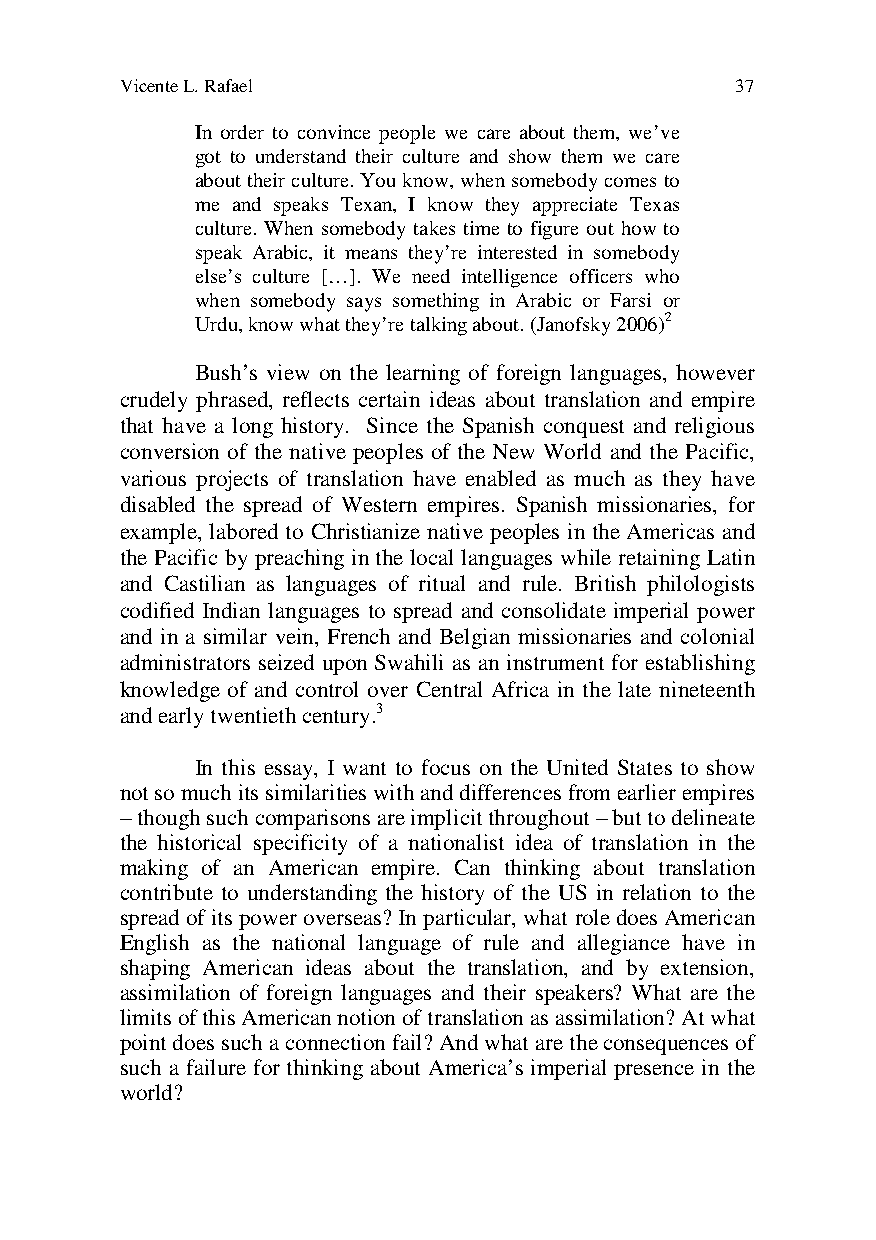
Vicente L. Rafael                        37
 In order to convince people we care about them, we’ve
 got to understand their culture and show them we care
 about their culture. You know, when somebody comes to
 me and speaks Texan, I know they appreciate Texas
 culture. When somebody takes time to figure out how to
 speak Arabic, it means they’re interested in somebody
 else’s culture […]. We need intelligence officers who
 when somebody says something in Arabic or Farsi or
 Urdu, know what they’re talking about. (Janofsky 2006)2
 Bush’s view on the learning of foreign languages, however
 crudely phrased, reflects certain ideas about translation and empire
 that have a long history. Since the Spanish conquest and religious
 conversion of the native peoples of the New World and the Pacific,
 various projects of translation have enabled as much as they have
 disabled the spread of Western empires. Spanish missionaries, for
 example, labored to Christianize native peoples in the Americas and
 the Pacific by preaching in the local languages while retaining Latin
 and Castilian as languages of ritual and rule. British philologists
 codified Indian languages to spread and consolidate imperial power
 and in a similar vein, French and Belgian missionaries and colonial
 administrators seized upon Swahili as an instrument for establishing
 knowledge of and control over Central Africa in the late nineteenth
 and early twentieth century.3
 In this essay, I want to focus on the United States to show
 not so much its similarities with and differences from earlier empires
 – though such comparisons are implicit throughout – but to delineate
 the historical specificity of a nationalist idea of translation in the
 making of an American empire. Can thinking about translation
 contribute to understanding the history of the US in relation to the
 spread of its power overseas? In particular, what role does American
 English as the national language of rule and allegiance have in
 shaping American ideas about the translation, and by extension,
 assimilation of foreign languages and their speakers? What are the
 limits of this American notion of translation as assimilation? At what
 point does such a connection fail? And what are the consequences of
 such a failure for thinking about America’s imperial presence in the
 world?